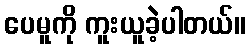
ပေမူကို ကူးယူခဲ့ပါတယ်။